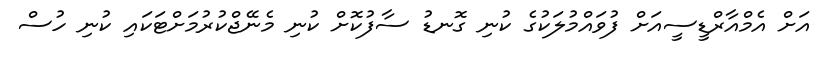
އަށް އެމްއާރްޑީސީއަށް ފުވައްމުލަކުގެ ކުނި ގޮނޑު ސާފުކޮށް ކުނި މެނޭޖްކުރުމަށްޓަކައި ކުނި ހުސް